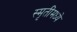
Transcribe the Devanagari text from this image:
स्मृतींमध्ये